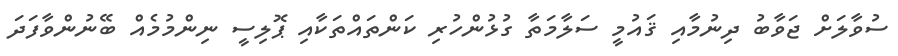
ސުވާލަށް ޖަވާބު ދިނުމާއި ޤައުމީ ސަލާމަތާ ގުޅުންހުރި ކަންތައްތަކާއި ޕޮލިސީ ނިންމުމެއް ބޭނުންވާފަދަ